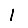
Digit: 1